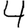
Digit: 4